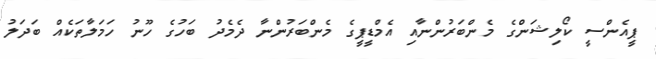
ޕީއެންސީ ކޯލިޝަންގެ މެންބަރުންނާއި އެމްޑީޕީގެ މެންބަރުންނާ ދެމެދު ބަހުގެ ހޫނު ހަމަލާތަކެއް ބަދަލު